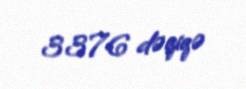
3376 dəqiqə